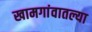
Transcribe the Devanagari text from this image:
खामगांवातल्या